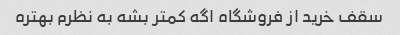
سقف خرید از فروشگاه اگه کمتر بشه به نظرم بهتره